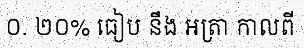
០. ២០% ធៀប នឹង អត្រា កាលពី